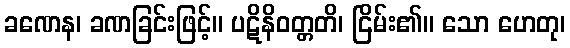
ခဏေန၊ ခဏခြင်းဖြင့်။ ပဋိနိဝတ္တတိ၊ ငြိမ်း၏။ သော ဟေတု၊